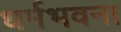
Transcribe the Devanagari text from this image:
धर्मभवना